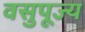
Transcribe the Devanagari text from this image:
वसुपूज्य